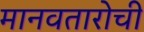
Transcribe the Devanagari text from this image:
मानवतारोची